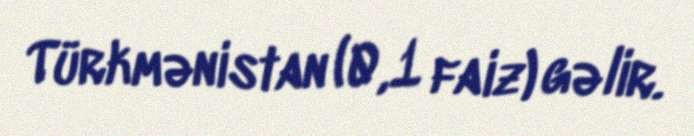
Türkmənistan (0,1 faiz) gəlir.